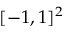
[ - 1 , 1 ] ^ { 2 }